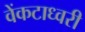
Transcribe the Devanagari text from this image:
वेंकटाध्वरी